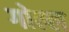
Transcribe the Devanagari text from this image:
गोल्ल